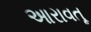
આરાવતૂ